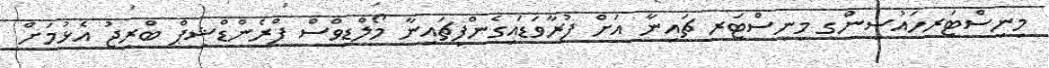
މިނިސްޓަރހައުސިންގ މިނިސްޓަރ ޗައިނާ އަށް ފުރާވަޑައިގެންފިޗައިނާ މޯލްޑިވްސް ފްރެންޑްޝިޕް ބްރިޖު އެޅުމަށް